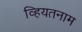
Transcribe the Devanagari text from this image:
व्हियतनाम